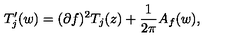
T _ { j } ^ { \prime } ( w ) = ( \partial f ) ^ { 2 } T _ { j } ( z ) + { \frac { 1 } { 2 \pi } } A _ { f } ( w ) ,